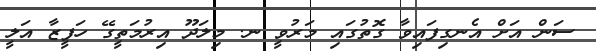
ސަން އަށް އެނގިފައިވާ ގޮތުގައި މަރުވީ ނ. މިލަދޫ އިރުމަތީގޭ ހަފީޒާ އަލީ